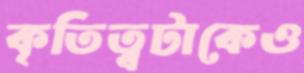
কৃতিত্বটাকেও